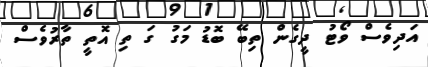
އަދިވެސް ވޯޓު ދީގެން ތިބޭ ބޮޑު މަގު ގަ ތި އޮތީ ތާރުވެސް